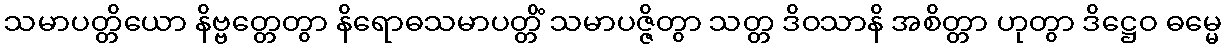
သမာပတ္တိယော နိဗ္ဗတ္တေတွာ နိရောဓသမာပတ္တိံ သမာပဇ္ဇိတွာ သတ္တ ဒိဝသာနိ အစိတ္တာ ဟုတွာ ဒိဋ္ဌေဝ ဓမ္မေ